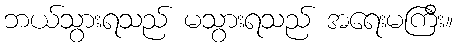
ဘယ်သွားရသည် မသွားရသည် အရေးမကြီး။